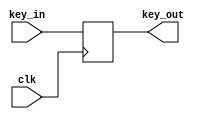
`timescale 1ns / 1ps
//////////////////////////////////////////////////////////////////////////////////
// Company: 
// Engineer: 
// 
// Design Name: 
// Module Name: dffkey
// Project Name: 
// Target Devices: 
// Tool Versions: 
// Description: 
// 
// Dependencies: 
// 
// Revision:
// Revision 0.01 - File Created
// Additional Comments:
// 
//////////////////////////////////////////////////////////////////////////////////


module dffkey(
input [79:0] key_in,
input clk,
output reg [79:0] key_out
    );
always @(posedge clk)
begin
key_out <= key_in;
end
endmodule